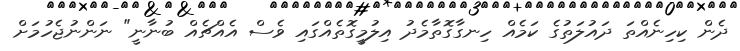
ދެން ކިހިނެއްތަ ދައުލަތުގެ ކަމެއް ހިނގާގޮތާމެދު އިލުމީގޮތެއްގައި ވެސް އެއްޗެއް ބުނާނީ" ނަންނުޖެހުމަށް